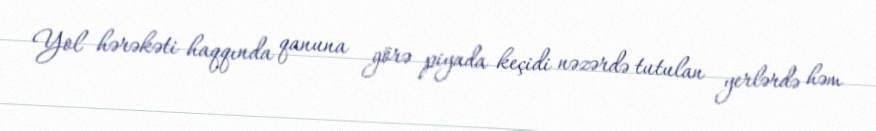
Yol hərəkəti haqqında qanuna görə piyada keçidi nəzərdə tutulan yerlərdə həm